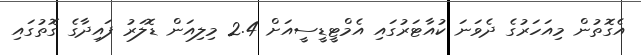
އެގޮތުން މިއަހަރުގެ ދެވަނަ ކުއާޓަރުގައި އެމްޓީޑީސީއަށް 2.4 މިލިއަން ޑޮލަރު ފައިދާގެ ގޮތުގައި